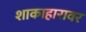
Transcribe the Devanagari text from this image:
शाकाहारावर